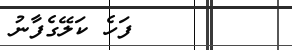
٨٩        ފަހެ ކަލޭގެފާނު